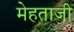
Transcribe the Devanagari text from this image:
मेहताजी